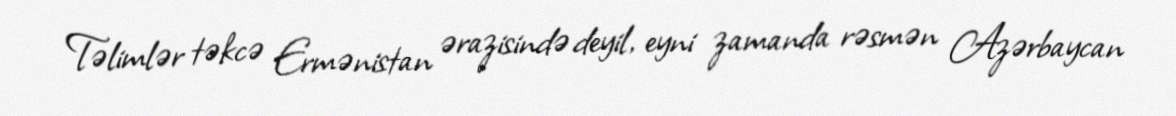
Təlimlər təkcə Ermənistan ərazisində deyil, eyni zamanda rəsmən Azərbaycan